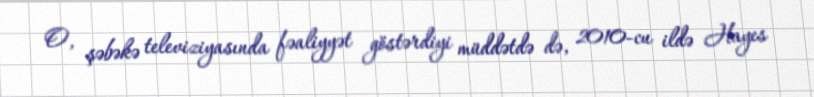
O, şəbəkə televiziyasında fəaliyyət göstərdiyi müddətdə də, 2010-cu ildə Hayes